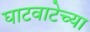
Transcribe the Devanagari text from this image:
घाटवाटेच्या